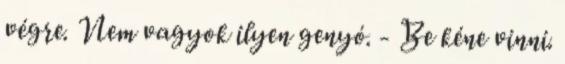
végre. Nem vagyok ilyen genyó. - Be kéne vinni.